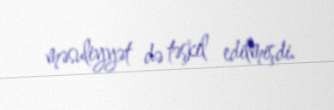
məsuliyyət də təşkil edilmişdi.